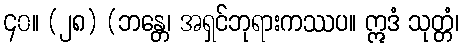
၄၀။ (၂၈) (ဘန္တေ၊ အရှင်ဘုရားကဿပ။ ဣဒံ သုတ္တံ၊